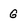
Character: G